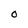
Character: O